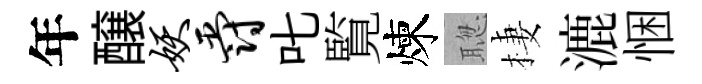
年醸妖爵叱覧煉聦棲漉悃